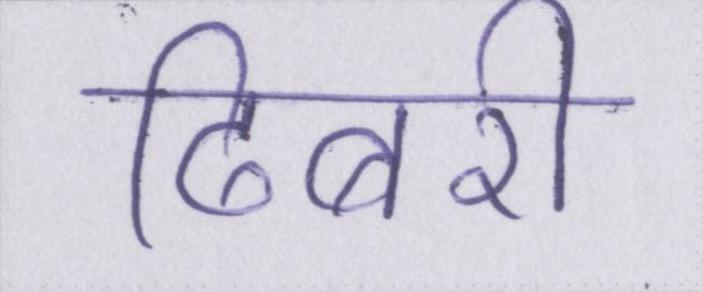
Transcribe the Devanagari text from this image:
ढिबरी